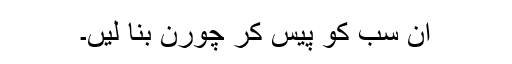
ان سب کو پیس کر چورن بنا لیں۔